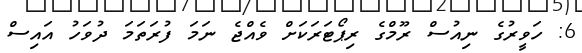
6: ހަވީރުގެ ނިއުސް ރޫމްގެ ރިޕޯޓަރަކަށް ވެއްޖެ ނަމަ ފުރަތަމަ ދުވަހު އައިސް